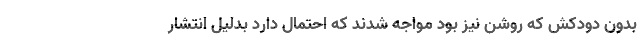
بدون دودکش که روشن نیز بود مواجه شدند که احتمال دارد بدلیل انتشار